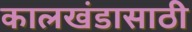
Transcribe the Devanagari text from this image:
कालखंडासाठी